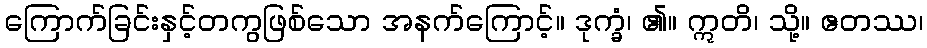
ကြောက်ခြင်းနှင့်တကွဖြစ်သော အနက်ကြောင့်။ ဒုက္ခံ၊ ၏။ ဣတိ၊ သို့။ ဧတဿ၊